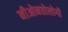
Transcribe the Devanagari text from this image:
नीओनतोलोगी